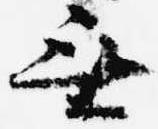
無